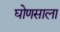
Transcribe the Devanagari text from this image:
घोणसाला